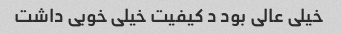
خیلی عالی بود د کیفیت خیلی خوبی داشت